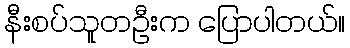
နီးစပ်သူတဦးက ပြောပါတယ်။